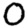
Digit: 0